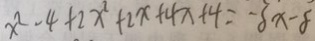
x ^ { 2 } - 4 + 2 x ^ { 2 } + 2 x + 4 x + 4 = - 3 x - 8